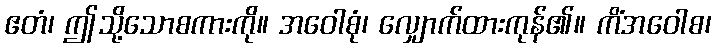
ဧတံ၊ ဤသို့သောစကားကို။ အဝေါစုံ၊ လျှောက်ထားကုန်၏။ ကိံအဝေါစ၊